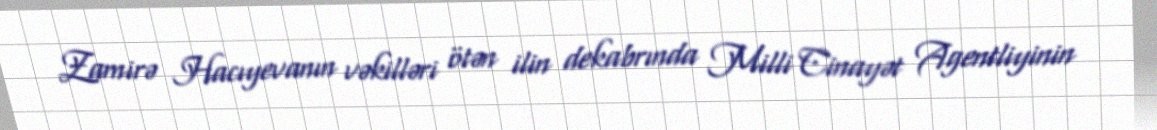
Zamirə Hacıyevanın vəkilləri ötən ilin dekabrında Milli Cinayət Agentliyinin